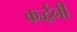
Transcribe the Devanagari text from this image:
कर्द्धनी